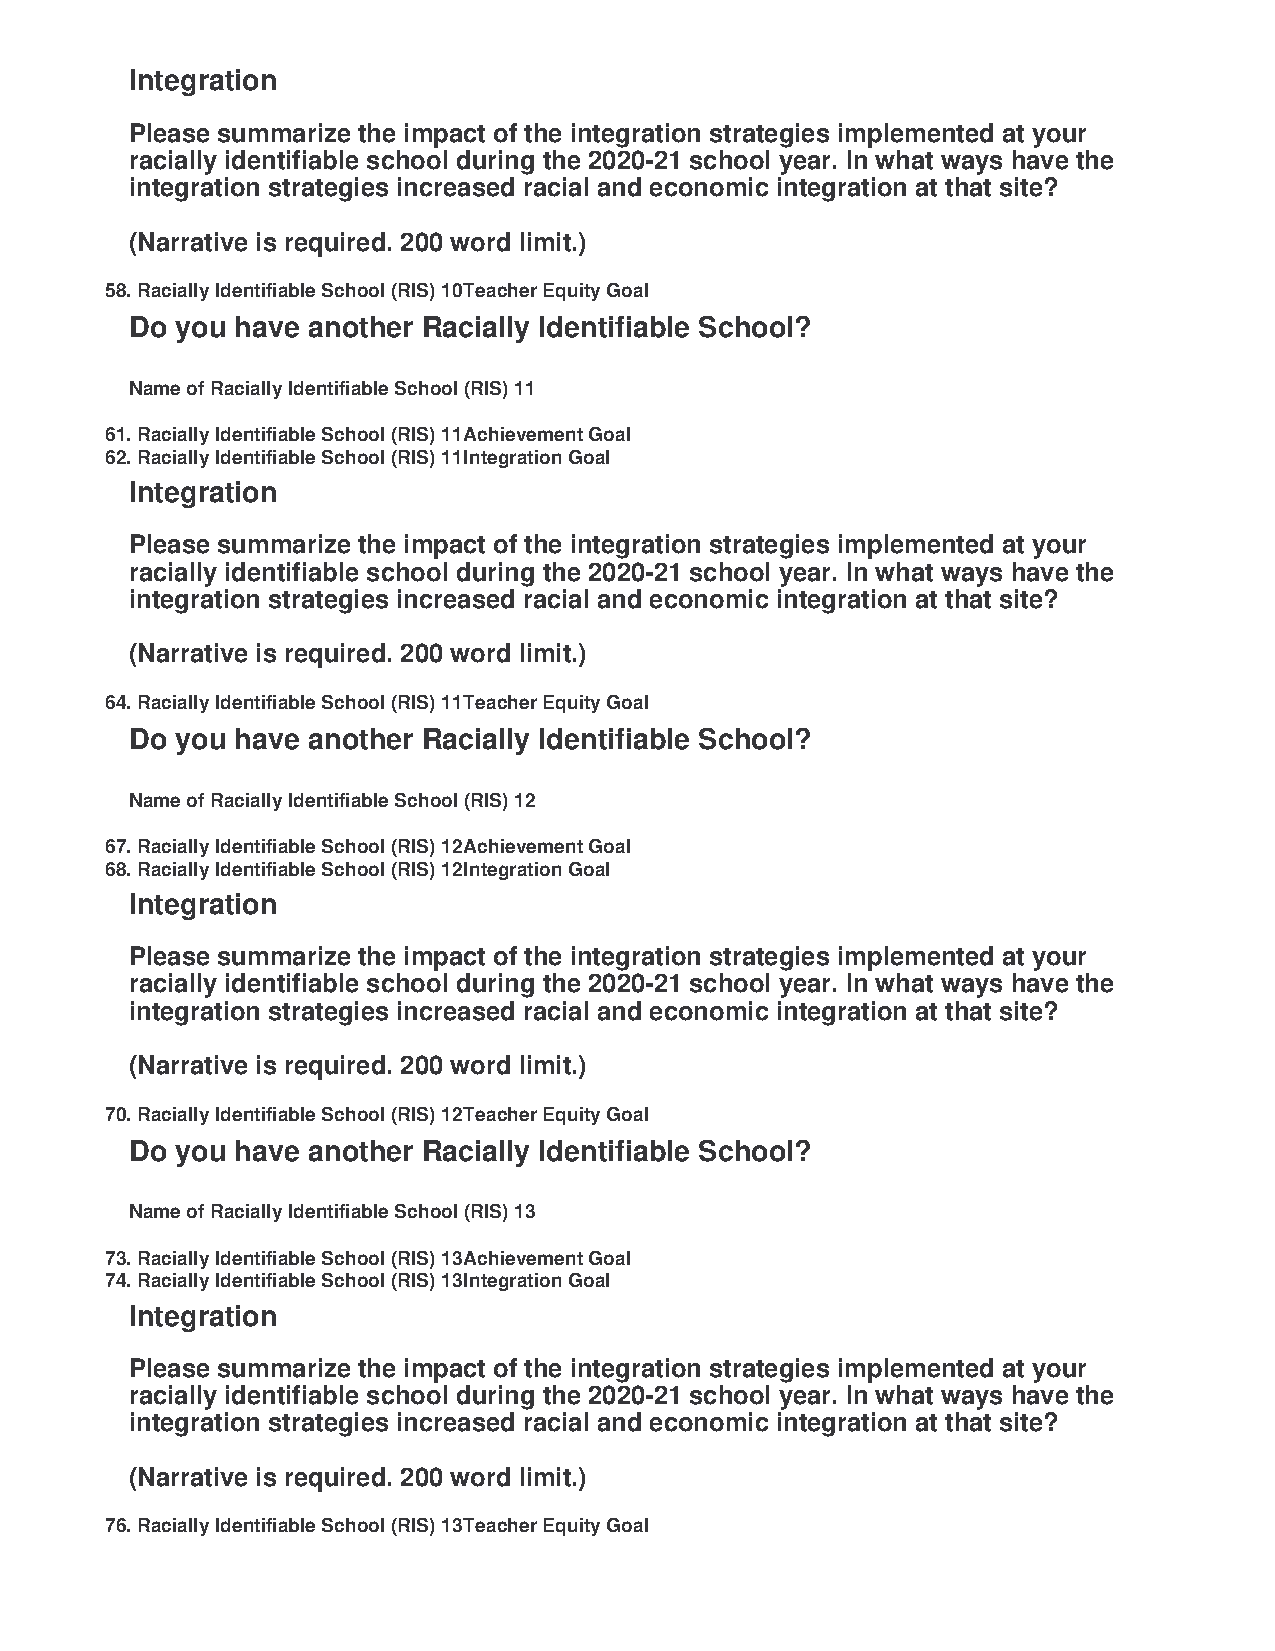
Integration
 Please summarize the impact of the integration strategies implemented at your
 racially identifiable school during the 2020-21 school year. In what ways have the
 integration strategies increased racial and economic integration at that site?
 (Narrative is required. 200 word limit.)
 58. Racially Identifiable School (RIS) 10 Teacher Equity Goal
 Do you have another Racially Identifiable School?
 Name of Racially Identifiable School (RIS) 11
 61. Racially Identifiable School (RIS) 11 Achievement Goal
 62. Racially Identifiable School (RIS) 11 Integration Goal
 Integration
 Please summarize the impact of the integration strategies implemented at your
 racially identifiable school during the 2020-21 school year. In what ways have the
 integration strategies increased racial and economic integration at that site?
 (Narrative is required. 200 word limit.)
 64. Racially Identifiable School (RIS) 11 Teacher Equity Goal
 Do you have another Racially Identifiable School?
 Name of Racially Identifiable School (RIS) 12
 67. Racially Identifiable School (RIS) 12 Achievement Goal
 68. Racially Identifiable School (RIS) 12 Integration Goal
 Integration
 Please summarize the impact of the integration strategies implemented at your
 racially identifiable school during the 2020-21 school year. In what ways have the
 integration strategies increased racial and economic integration at that site?
 (Narrative is required. 200 word limit.)
 70. Racially Identifiable School (RIS) 12 Teacher Equity Goal
 Do you have another Racially Identifiable School?
 Name of Racially Identifiable School (RIS) 13
 73. Racially Identifiable School (RIS) 13 Achievement Goal
 74. Racially Identifiable School (RIS) 13 Integration Goal
 Integration
 Please summarize the impact of the integration strategies implemented at your
 racially identifiable school during the 2020-21 school year. In what ways have the
 integration strategies increased racial and economic integration at that site?
 (Narrative is required. 200 word limit.)
 76. Racially Identifiable School (RIS) 13 Teacher Equity Goal